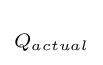
\scriptstyle Q_{actual}